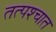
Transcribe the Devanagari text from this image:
तत्‍पश्‍चात